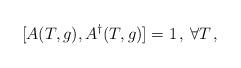
LaTeX: \begin{align*}[A(T,g),A^{\dag }(T,g)]=1\, ,\, \forall T\, ,\end{align*}